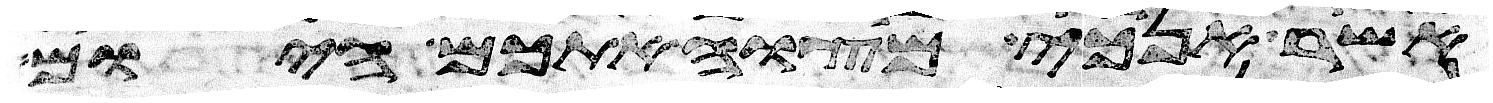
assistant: אשר אנכי מצוה אתכם היום